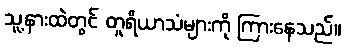
သူ့နားထဲတွင် တူရိယာသံများကို ကြားနေသည်။